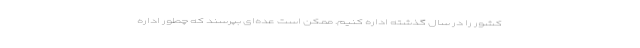
کشور را در سال گذشته اداره کنیم. ممکن است عده‌ای بپرسند که چطور اداره